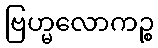
ဗြဟ္မလောကဉ္စ